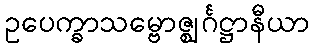
ဥပေက္ခာသမ္ဗောဇ္ဈင်္ဂဋ္ဌာနီယာ